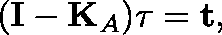
( \mathbf { I } - \mathbf { K } _ { A } ) \mathbf { \tau } = \mathbf { t } ,